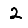
Digit: 2